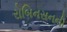
રોબિનસનની